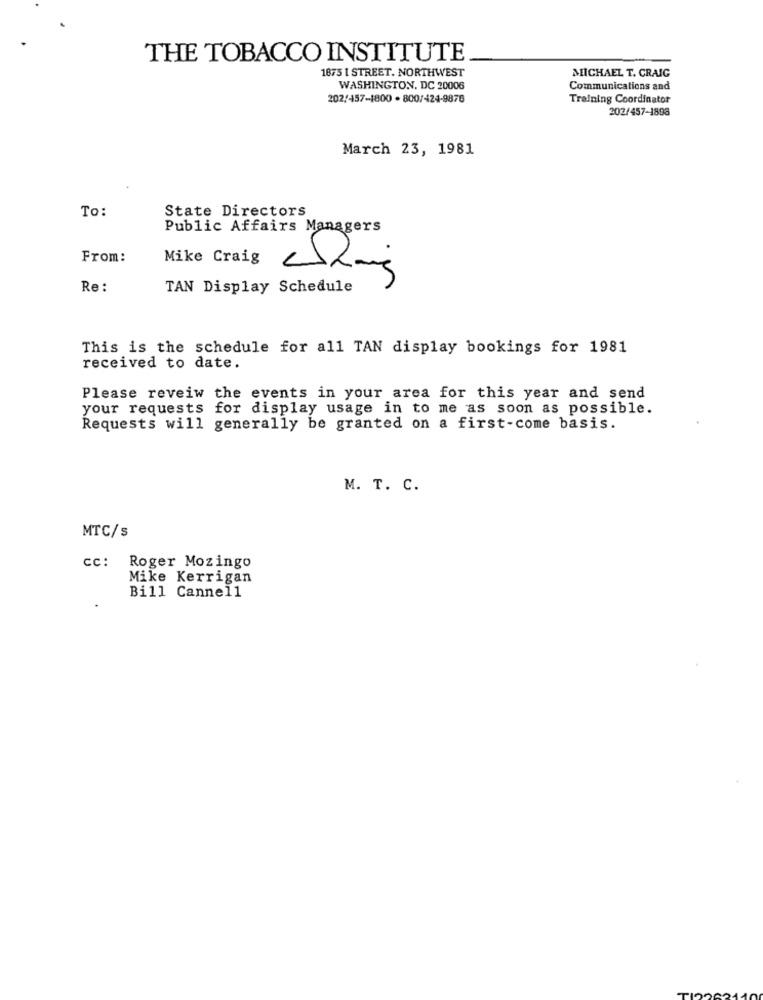
THE TOBACCO INSTITUTE
1875 1 STREET. NORTHWEST
MICHAEL T. CRAIG
WASHINGTON, DC 20006
Communications and
202/457-1800 - 800/424-9876
Training Coordinator
202/457-1896
March 23, 1981
To:
State Directors
Public Affairs Managers
From:
Mike Craig
Re:
TAN Display Schedule
This is the schedule for all TAN display bookings for 1981
received to date.
Please reveiw the events in your area for this year and send
your requests for display usage in to me as soon as possible.
Requests will generally be granted on a first-come basis.
M. T. C.
MTC/s
cc: Roger Mozingo
Mike Kerrigan
Bill Cannel1